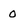
Character: 0